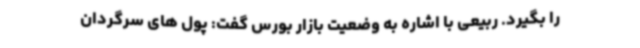
را بگیرد. ربیعی با اشاره به وضعیت بازار بورس گفت: پول های سرگردان